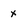
Character: x